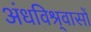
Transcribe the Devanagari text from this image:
अंधविश्र्वासों